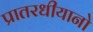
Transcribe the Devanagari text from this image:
प्रातरधीयानो